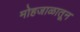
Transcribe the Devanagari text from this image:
मोहजाळातून